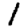
Digit: 1